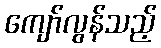
ကျော်လွန်သည့်